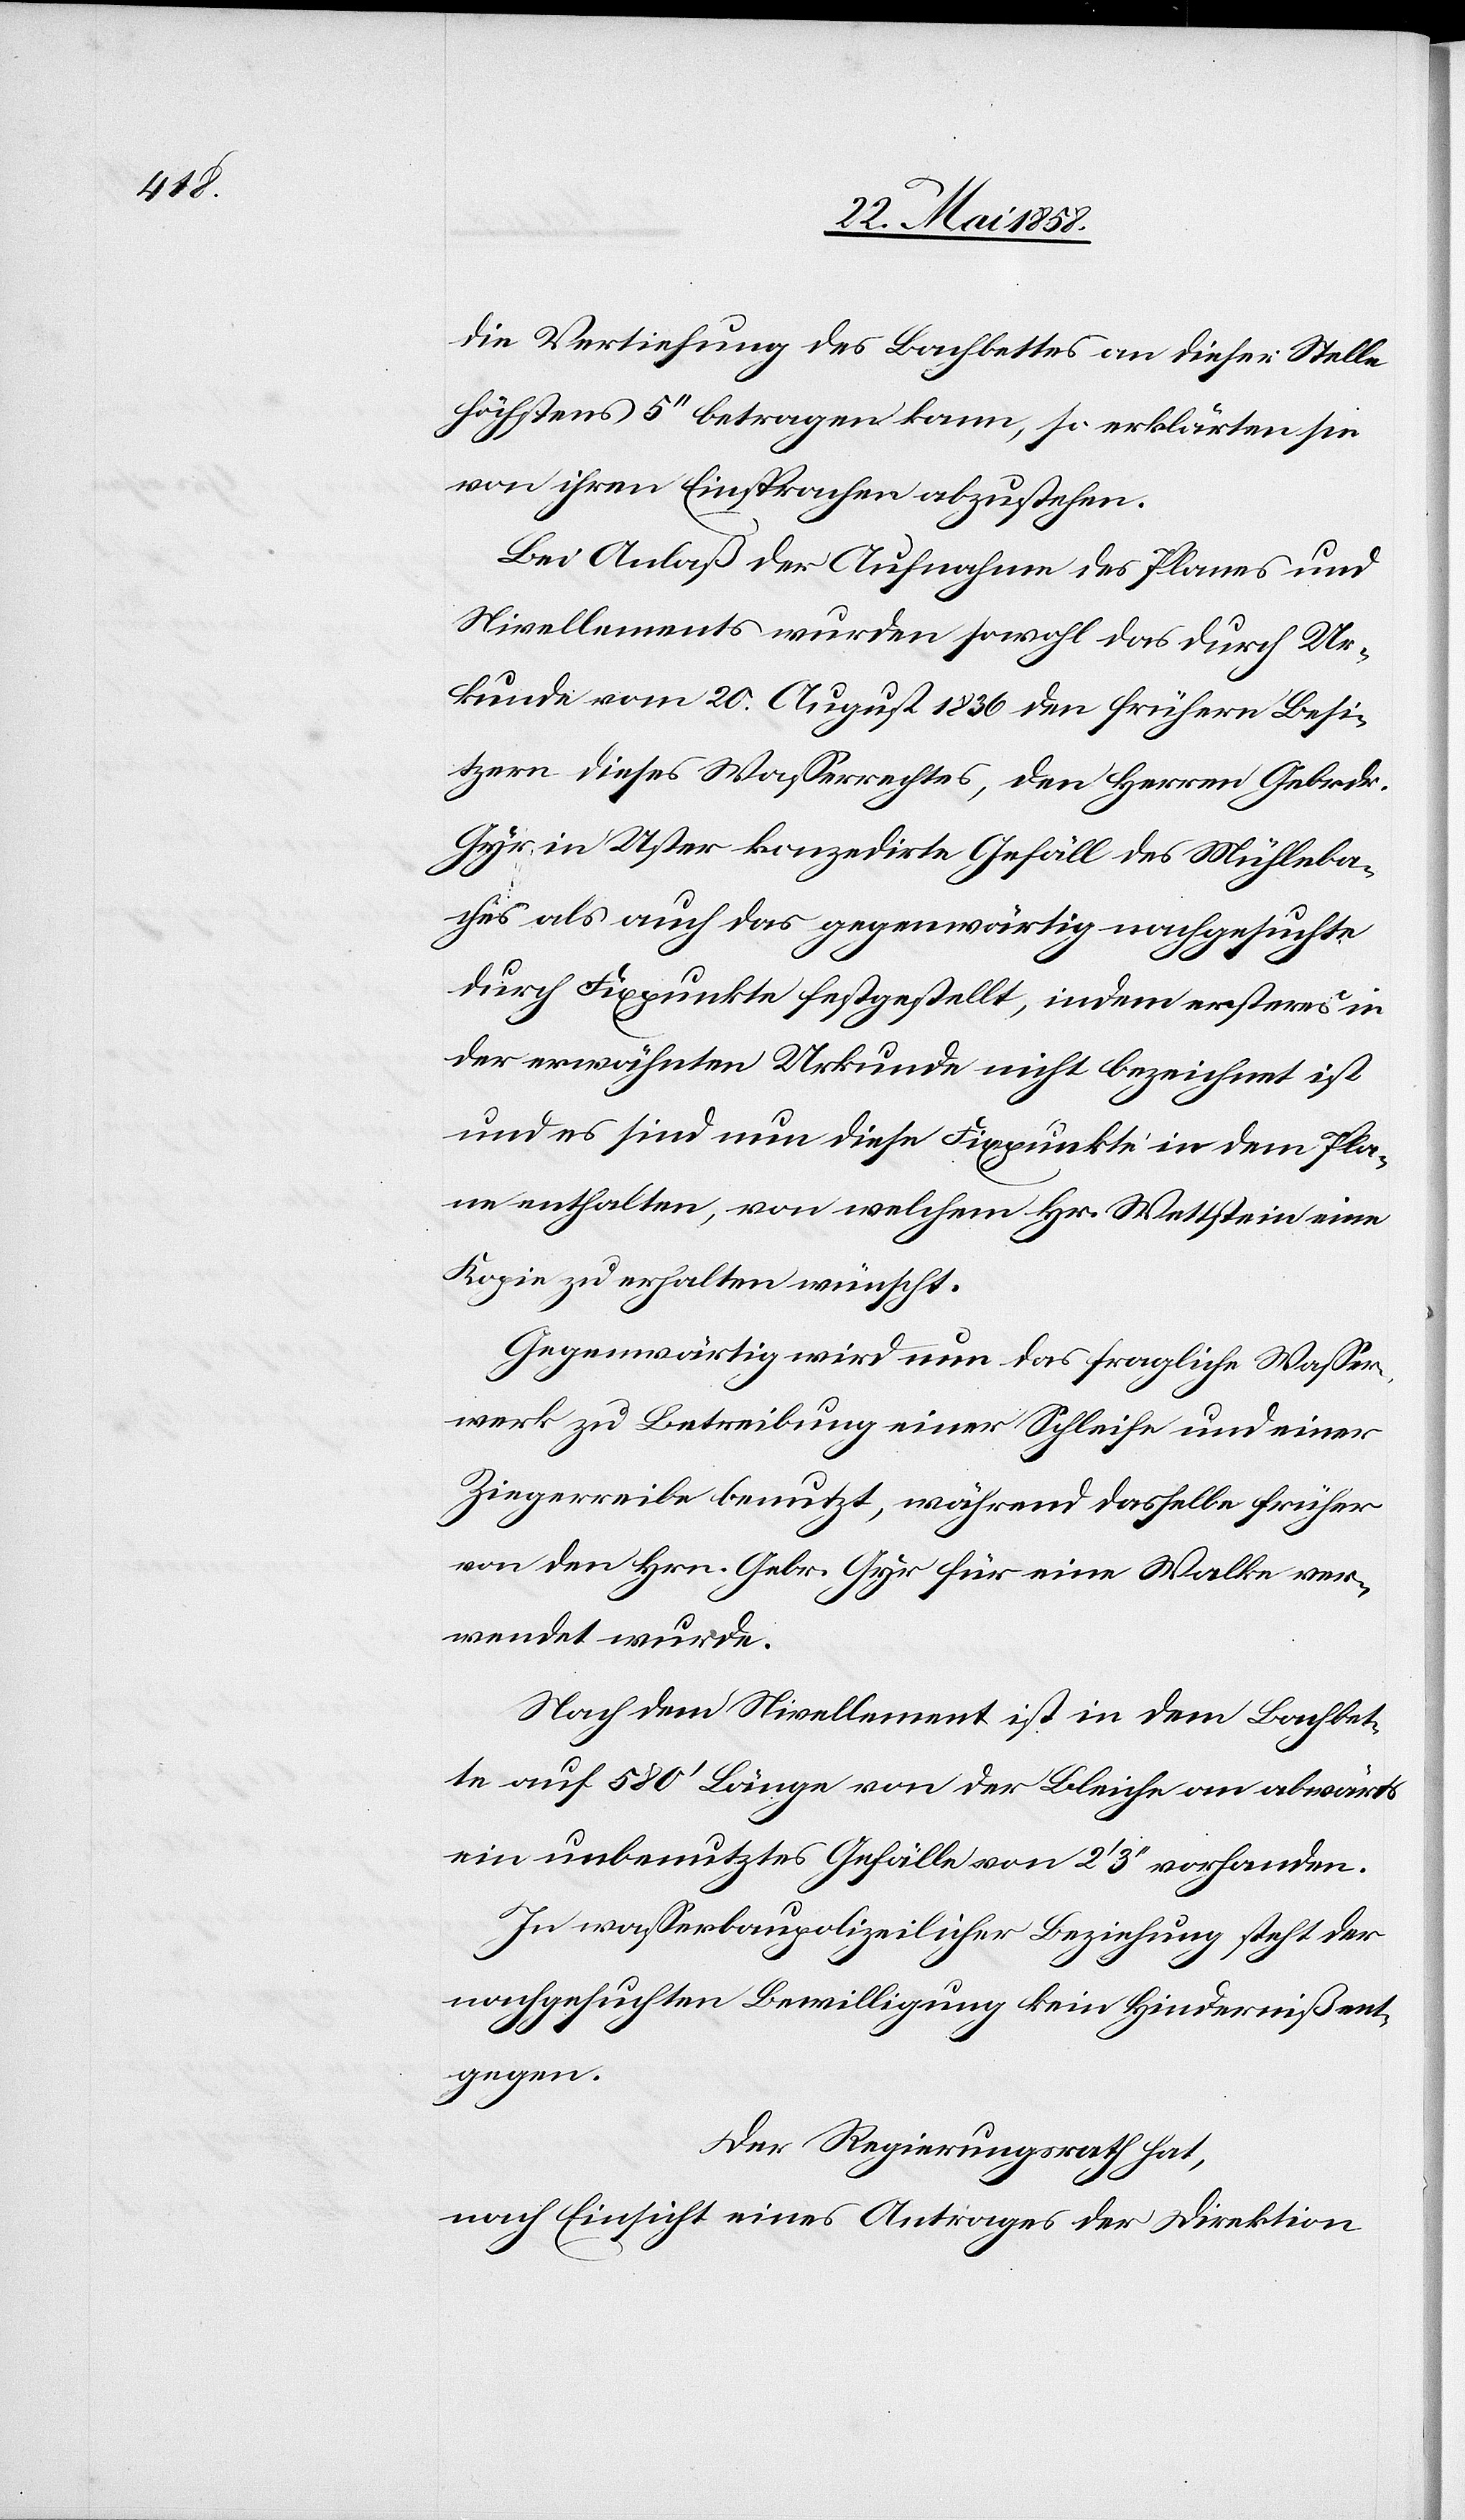
die Vertiefung des Bachbettes an dieser Stelle
höchstens 5’’ betragen kann, so erklärten sie
von ihren Einsprachen abzustehen.
Bei Anlaß der Aufnahme des Planes und
Nivellements wurden sowohl das durch Ur¬
kunde vom 20. August 1836 den frühern Besi¬
tzern dieses Wasserrechtes, den Herrn Gebrdr.
Gyr in Uster konzedirte Gefäll des Mühleba¬
ches als auch das gegenwärtig nachgesuchte
durch Fixpunkte festgestellt, indem ersteres in
der erwähnten Urkunde nicht bezeichnet ist
und es sind nun diese Fixpunkte in dem Pla¬
ne enthalten, von welchem Hr. Wettstein eine
Kopie zu erhalten wünscht.
Gegenwärtig wird um das fragliche Wasser¬
werk zu Betreibung einer Schliefe und einer
Ziegerreibe benutzt, während dasselbe früher
von den Hrn. Gebr. Gyr für eine Walke ver¬
wendet wurde.
Nach dem Nivellement ist dem Bachbet¬
te auf 58’’ Länge von der Bleiche an abwärts
ein unbenutztes Gefälle von 2’ 3’’ vorhanden.
In wasserbaupolizeilicher Beziehung steht der
nachgesuchten Bewilligung kein Hinderniß ent¬
gegen.
Der Regierungsrath hat,
nach Einsicht eines Antrages der Direktion